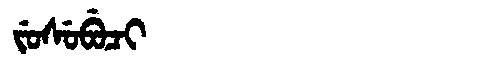
Manchu: ᠵᡠᠰᡠᠪᡠᠴᡳ
Romanization: JUSUBUCI